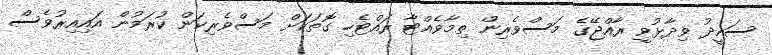
ސައީދު ވިދާޅުވީ ރާއްޖޭގެ މަސްވެރިން ތިމާވެއްޓާ ރައްޓެހި ގޮތަކަށް މަސްވެރިކަން ކުރަމުން އައިއިރުވެސް